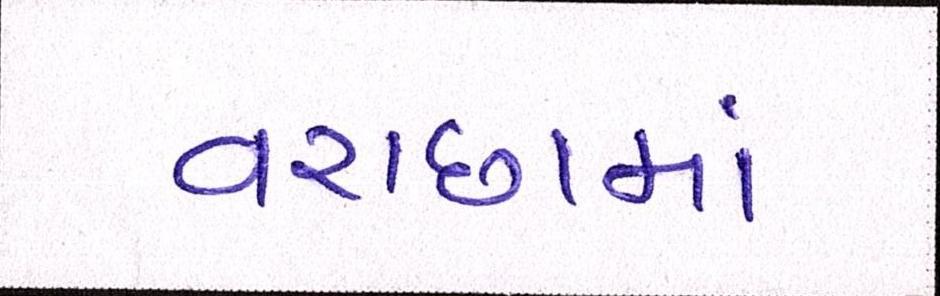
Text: વરાછામાં